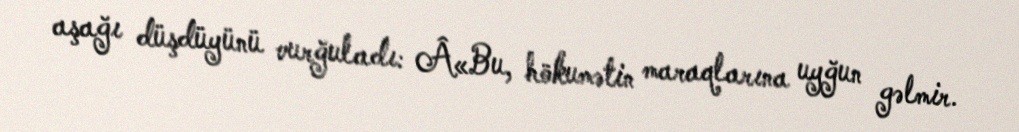
aşağı düşdüyünü vurğuladı: Â«Bu, hökumətin maraqlarına uyğun gəlmir.